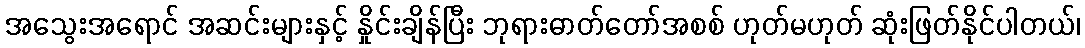
အသွေးအရောင် အဆင်းများနှင့် နှိုင်းချိန်ပြီး ဘုရားဓာတ်တော်အစစ် ဟုတ်မဟုတ် ဆုံးဖြတ်နိုင်ပါတယ်၊